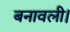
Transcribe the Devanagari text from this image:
बनावली।